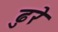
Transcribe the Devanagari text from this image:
ढुरे